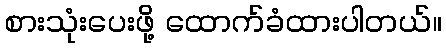
စားသုံးပေးဖို့ ထောက်ခံထားပါတယ်။